Annual report on the working of the mental hospitals in the Madras Presidency - 1912-1932
Year: 1912
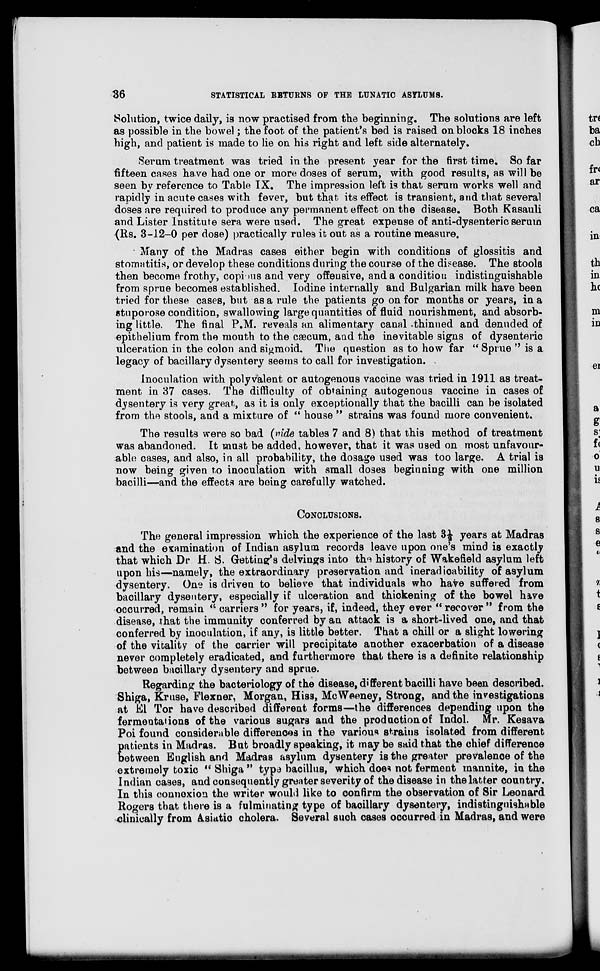
36
STATISTICAL RETURNS OF THE LUNATIC ASYLUMS.
Solution, twice daily, is now practised from the beginning. The solutions are left
as possible in the bowel; the foot of the patient's bed is raised on blocks 18 inches
high, and patient is made to lie on his right and left side alternately.
Serum treatment was tried in the present year for the first time. So far
fifteen cases have had one or more doses of serum, with good results, as will be
seen by reference to Table IX. The impression left is that serum works well and
rapidly in acute cases with fever, but that its effect is transient, and that several
doses are required to produce any permanent effect on the disease. Both Kasauli
and Lister Institute sera were used. The great expense of anti-dysenteric serum
(Rs. 3-12-0 per dose) practically rules it out as a routine measure.
Many of the Madras cases either begin with conditions of glossitis and
stomatitis, or develop these conditions during the course of the disease. The stools
then become frothy, copious and very offensive, and a condition indistinguishable
from sprue becomes established. Iodine internally and Bulgarian milk have been
tried for these cases, but as a rule the patients go on for months or years, in a
stuporose condition, swallowing large quantities of fluid nourishment, and absorb-
ing little. The final P.M. reveals an alimentary canal thinned and denuded of
epithelium from the mouth to the cæcum, and the inevitable signs of dysenteric
ulceration in the colon and sigmoid. The question as to how far " Sprue " is a
legacy of bacillary dysentery seems to call for investigation.
Inoculation with polyvalent or autogenous vaccine was tried in 1911 as treat-
ment in 37 cases. The difficulty of obtaining autogenous vaccine in cases of
dysentery is very great, as it is only exceptionally that the bacilli can be isolated
from the stools, and a mixture of " house " strains was found more convenient.
The results were so bad (vide tables 7 and 8) that this method of treatment
was abandoned. It must be added, however, that it was used on most unfavour-
able cases, and also, in all probability, the dosage used was too large. A trial is
now being given to inoculation with small doses beginning with one million
bacilli—and the effects are being carefully watched.
CONCLUSIONS.
The general impression which the experience of the last 3½ years at Madras
and the examination of Indian asylum records leave upon one's mind is exactly
that which Dr H. S. Getting's delvings into the history of Wakefield asylum left
upon his—namely, the extraordinary preservation and ineradicability of asylum
dysentery. One is driven to believe that individuals who have suffered from
bacillary dysentery, especially if ulceration and thickening of the bowel have
occurred, remain " carriers " for years, if, indeed, they ever " recover " from the
disease, that the immunity conferred by an attack is a short-lived one, and that
conferred by inoculation, if any, is little better. That a chill or a slight lowering
of the vitality of the carrier will precipitate another exacerbation of a disease
never completely eradicated, and furthermore that there is a definite relationship
between bacillary dysentery and sprue.
Regarding the bacteriology of the disease, different bacilli have been described.
Shiga, Kruse, Flexner, Morgan, Hiss, McWeeney, Strong, and the investigations
at El Tor have described different forms—the differences depending upon the
fermentations of the various sugars and the production of Indol. Mr. Kesava
Poi found considerable differences in the various strains isolated from different
patients in Madras. But broadly speaking, it may be said that the chief difference
between English and Madras asylum dysentery is the greater prevalence of the
extremely toxic " Shiga " type bacillus, which does not ferment mannite, in the
Indian cases, and consequently greater severity of the disease in the latter country.
In this connexion the writer would like to confirm the observation of Sir Leonard
Rogers that there is a fulminating type of bacillary dysentery, indistinguishable
clinically from Asiatic cholera. Several such cases occurred in Madras, and were